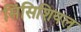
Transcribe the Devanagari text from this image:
सिंसिशियल